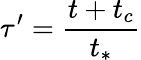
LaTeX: \tau^{\prime}=\frac{t+t_{c}}{t_{\ast}}